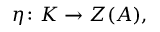
\eta \colon K \to Z ( A ) ,